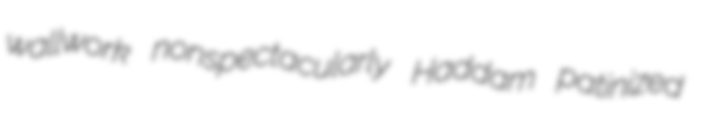
wallwork nonspectacularly Haddam patinized